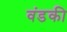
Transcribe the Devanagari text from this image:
वंडकी